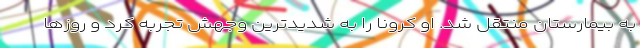
به بیمارستان منتقل شد. او کرونا را به شدیدترین وجهش تجربه کرد و روزها